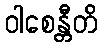
ဝါစေန္တီတိ